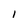
Character: I